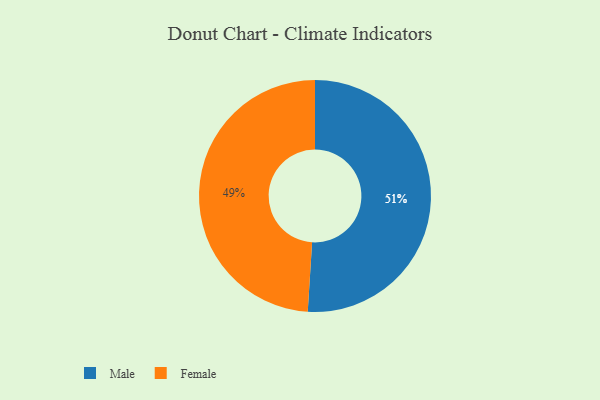
{"axis": {"x": "Category", "y": "Percentage"}, "legend": ["Female", "Male"], "data": [{"x": "Male", "y": 51, "type": "Male"}, {"x": "Female", "y": 49, "type": "Female"}]}